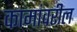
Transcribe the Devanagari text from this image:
कामांवरील